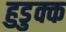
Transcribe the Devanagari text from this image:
हुडुक्क